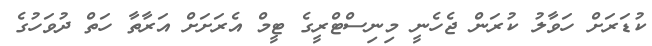
ކުޑަރަށް ހަވާލު ކުރަން ޖެހެނީ މިނިސްޓްރީގެ ޓީމް އެރަށަށް އަރާތާ ހަތް ދުވަހުގެ